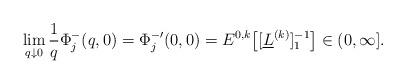
LaTeX: \begin{align*}\lim_{q\downarrow 0}\frac{1}{q} \Phi^-_j(q, 0) = \Phi^{-\prime}_j(0,0) = {E}^{0,k}\big[[\underline{L}^{(k)}]^{-1}_1\big]\in(0,\infty].\end{align*}